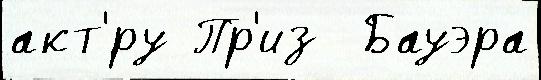
акт'́ру Пр'из  Бауэра